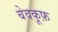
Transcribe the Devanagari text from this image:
बेवकू़फ़